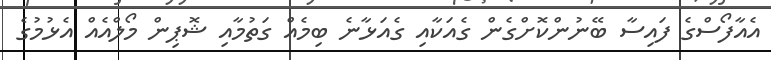
އެއާފޯސްގެ ފައިސާ ބޭނުންކޮށްގެން ގެއަކާއި ގެއަޅާނެ ބިމެއް ގަތުމާއި ޝޮޕިން މޯލްއެއް އެޅުމުގެ